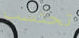
تحتسب